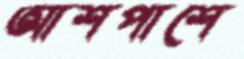
আশপাশে